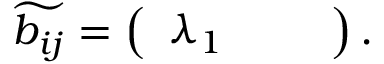
\widetilde { b _ { i j } } = \left( \begin{array} { l l l } { \lambda _ { 1 } } & { } & { } \end{array} \right) .